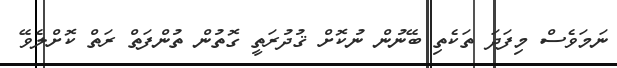
ނަަމަވެސް މިފަދަ ތަކެތި ބޭނުން ނުކޮށް ޤުދުރަތީ ގޮތުން ތުންފަތް ރަތް ކޮށްލެވޭ